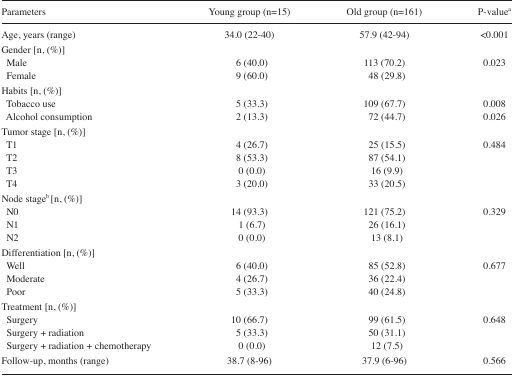
<table><thead><tr><td><b>Parameters</b></td><td><b>Young group (n=15)</b></td><td><b>Old group (n=161)</b></td><td><b>P-valuea</b></td></tr></thead><tbody><tr><td>Age, years (range)</td><td>34.0 (22–40)</td><td>57.9 (42–94)</td><td>&lt;0.001</td></tr><tr><td colspan="4">Gender [n, (%)]</td></tr><tr><td> Male</td><td>6 (40.0)</td><td>113 (70.2)</td><td>0.023</td></tr><tr><td> Female</td><td>9 (60.0)</td><td>48 (29.8)</td><td></td></tr><tr><td colspan="4">Habits [n, (%)]</td></tr><tr><td> Tobacco use</td><td>5 (33.3)</td><td>109 (67.7)</td><td>0.008</td></tr><tr><td> Alcohol consumption</td><td>2 (13.3)</td><td>72 (44.7)</td><td>0.026</td></tr><tr><td colspan="4">Tumor stage [n, (%)]</td></tr><tr><td> T1</td><td>4 (26.7)</td><td>25 (15.5)</td><td>0.484</td></tr><tr><td> T2</td><td>8 (53.3)</td><td>87 (54.1)</td><td></td></tr><tr><td> T3</td><td>0 (0.0)</td><td>16 (9.9)</td><td></td></tr><tr><td> T4</td><td>3 (20.0)</td><td>33 (20.5)</td><td></td></tr><tr><td colspan="4">Node stageb [n, (%)]</td></tr><tr><td> N0</td><td>14 (93.3)</td><td>121 (75.2)</td><td>0.329</td></tr><tr><td> N1</td><td>1 (6.7)</td><td>26 (16.1)</td><td></td></tr><tr><td> N2</td><td>0 (0.0)</td><td>13 (8.1)</td><td></td></tr><tr><td colspan="4">Differentiation [n, (%)]</td></tr><tr><td> Well</td><td>6 (40.0)</td><td>85 (52.8)</td><td>0.677</td></tr><tr><td> Moderate</td><td>4 (26.7)</td><td>36 (22.4)</td><td></td></tr><tr><td> Poor</td><td>5 (33.3)</td><td>40 (24.8)</td><td></td></tr><tr><td colspan="4">Treatment [n, (%)]</td></tr><tr><td> Surgery</td><td>10 (66.7)</td><td>99 (61.5)</td><td>0.648</td></tr><tr><td> Surgery + radiation</td><td>5 (33.3)</td><td>50 (31.1)</td><td></td></tr><tr><td> Surgery + radiation + chemotherapy</td><td>0 (0.0)</td><td>12 (7.5)</td><td></td></tr><tr><td>Follow-up, months (range)</td><td>38.7 (8–96)</td><td>37.9 (6–96)</td><td>0.566</td></tr></tbody></table>